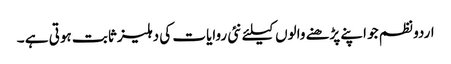
اردو نظم جو اپنے پڑھنے والوں کیلئے نئی روایات کی دہلیز ثابت ہوتی ہے ۔